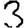
Digit: 3